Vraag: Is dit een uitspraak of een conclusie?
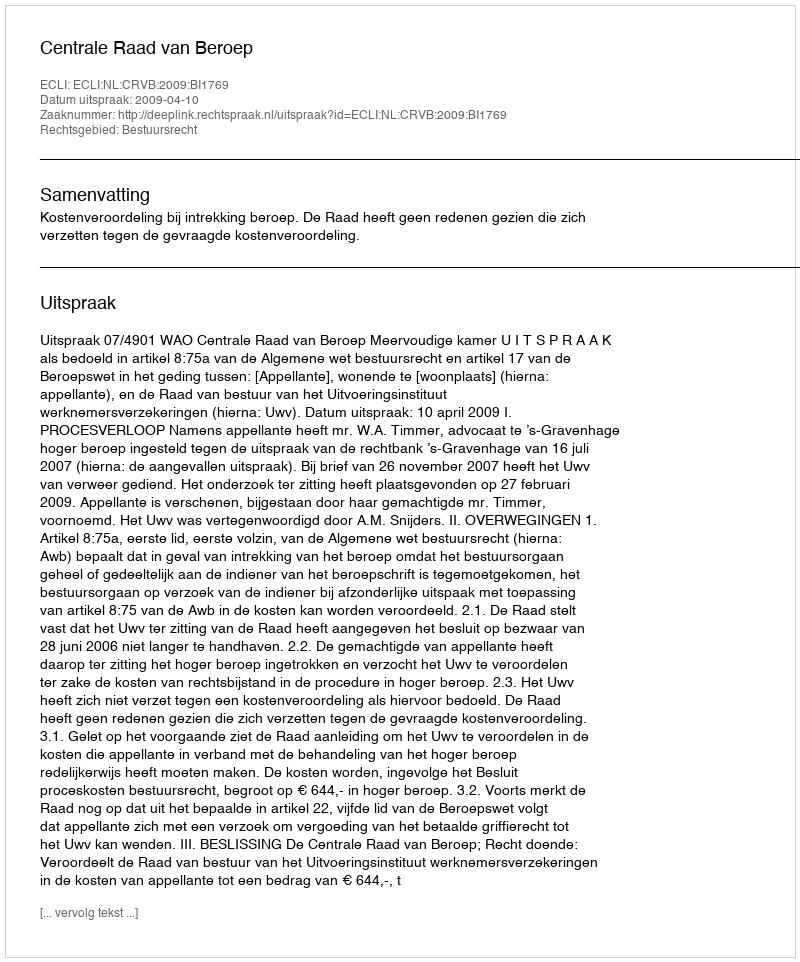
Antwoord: Uitspraak